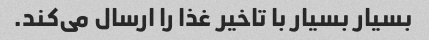
بسیار بسیار با تاخیر غذا را ارسال می‌کند.